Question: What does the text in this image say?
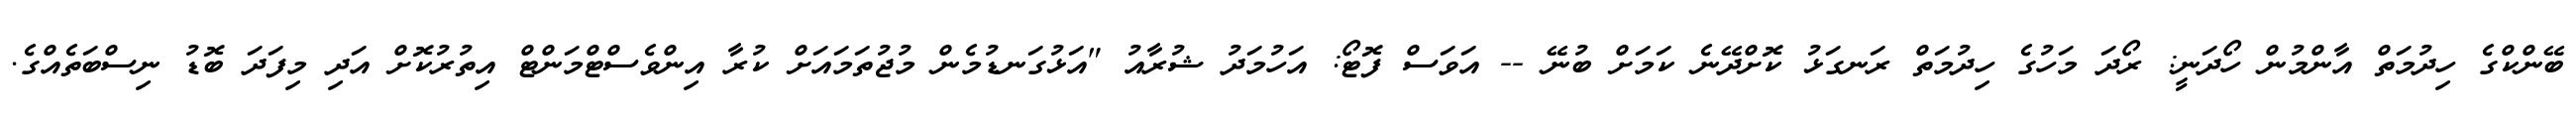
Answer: ބޭންކްގެ ހިދުމަތް އާންމުން ހޯދަނީ: ރޯދަ މަހުގެ ހިދުމަތް ރަނގަޅު ކޮށްދޭނެ ކަމަށް ބުނޭ -- އަވަސް ފޮޓޯ: އަހުމަދު ޝުރާއު "އަޅުގަނޑުމެން މުޖުތަމައަށް ކުރާ އިންވެސްޓްމަންޓް އިތުރުކޮށް އަދި މިފަދަ ބޮޑު ނިސްބަތެއްގެ.